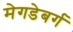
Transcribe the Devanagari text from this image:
मेगडेबर्ग